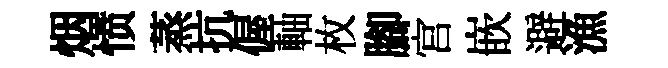
烟愤蒸抗偓軸枚腳宫嵌避漁